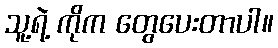
သူ့ရဲ့ ကိုက တွေပေးတာပါ။